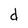
Character: d